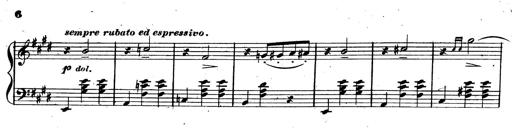
Title: 3 Caprices-Valses
Composer: Franz Liszt